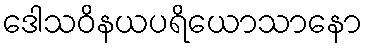
ဒေါသဝိနယပရိယောသာနော